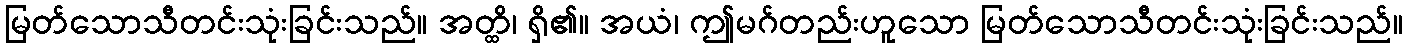
မြတ်သောသီတင်းသုံးခြင်းသည်။ အတ္ထိ၊ ရှိ၏။ အယံ၊ ဤမဂ်တည်းဟူသော မြတ်သောသီတင်းသုံးခြင်းသည်။